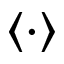
\langle \cdot \rangle